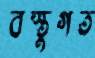
বস্তুগত